NAE_ERA_R-1765_ENSV_Kirjanike_Liit_1945-1955, lk 14
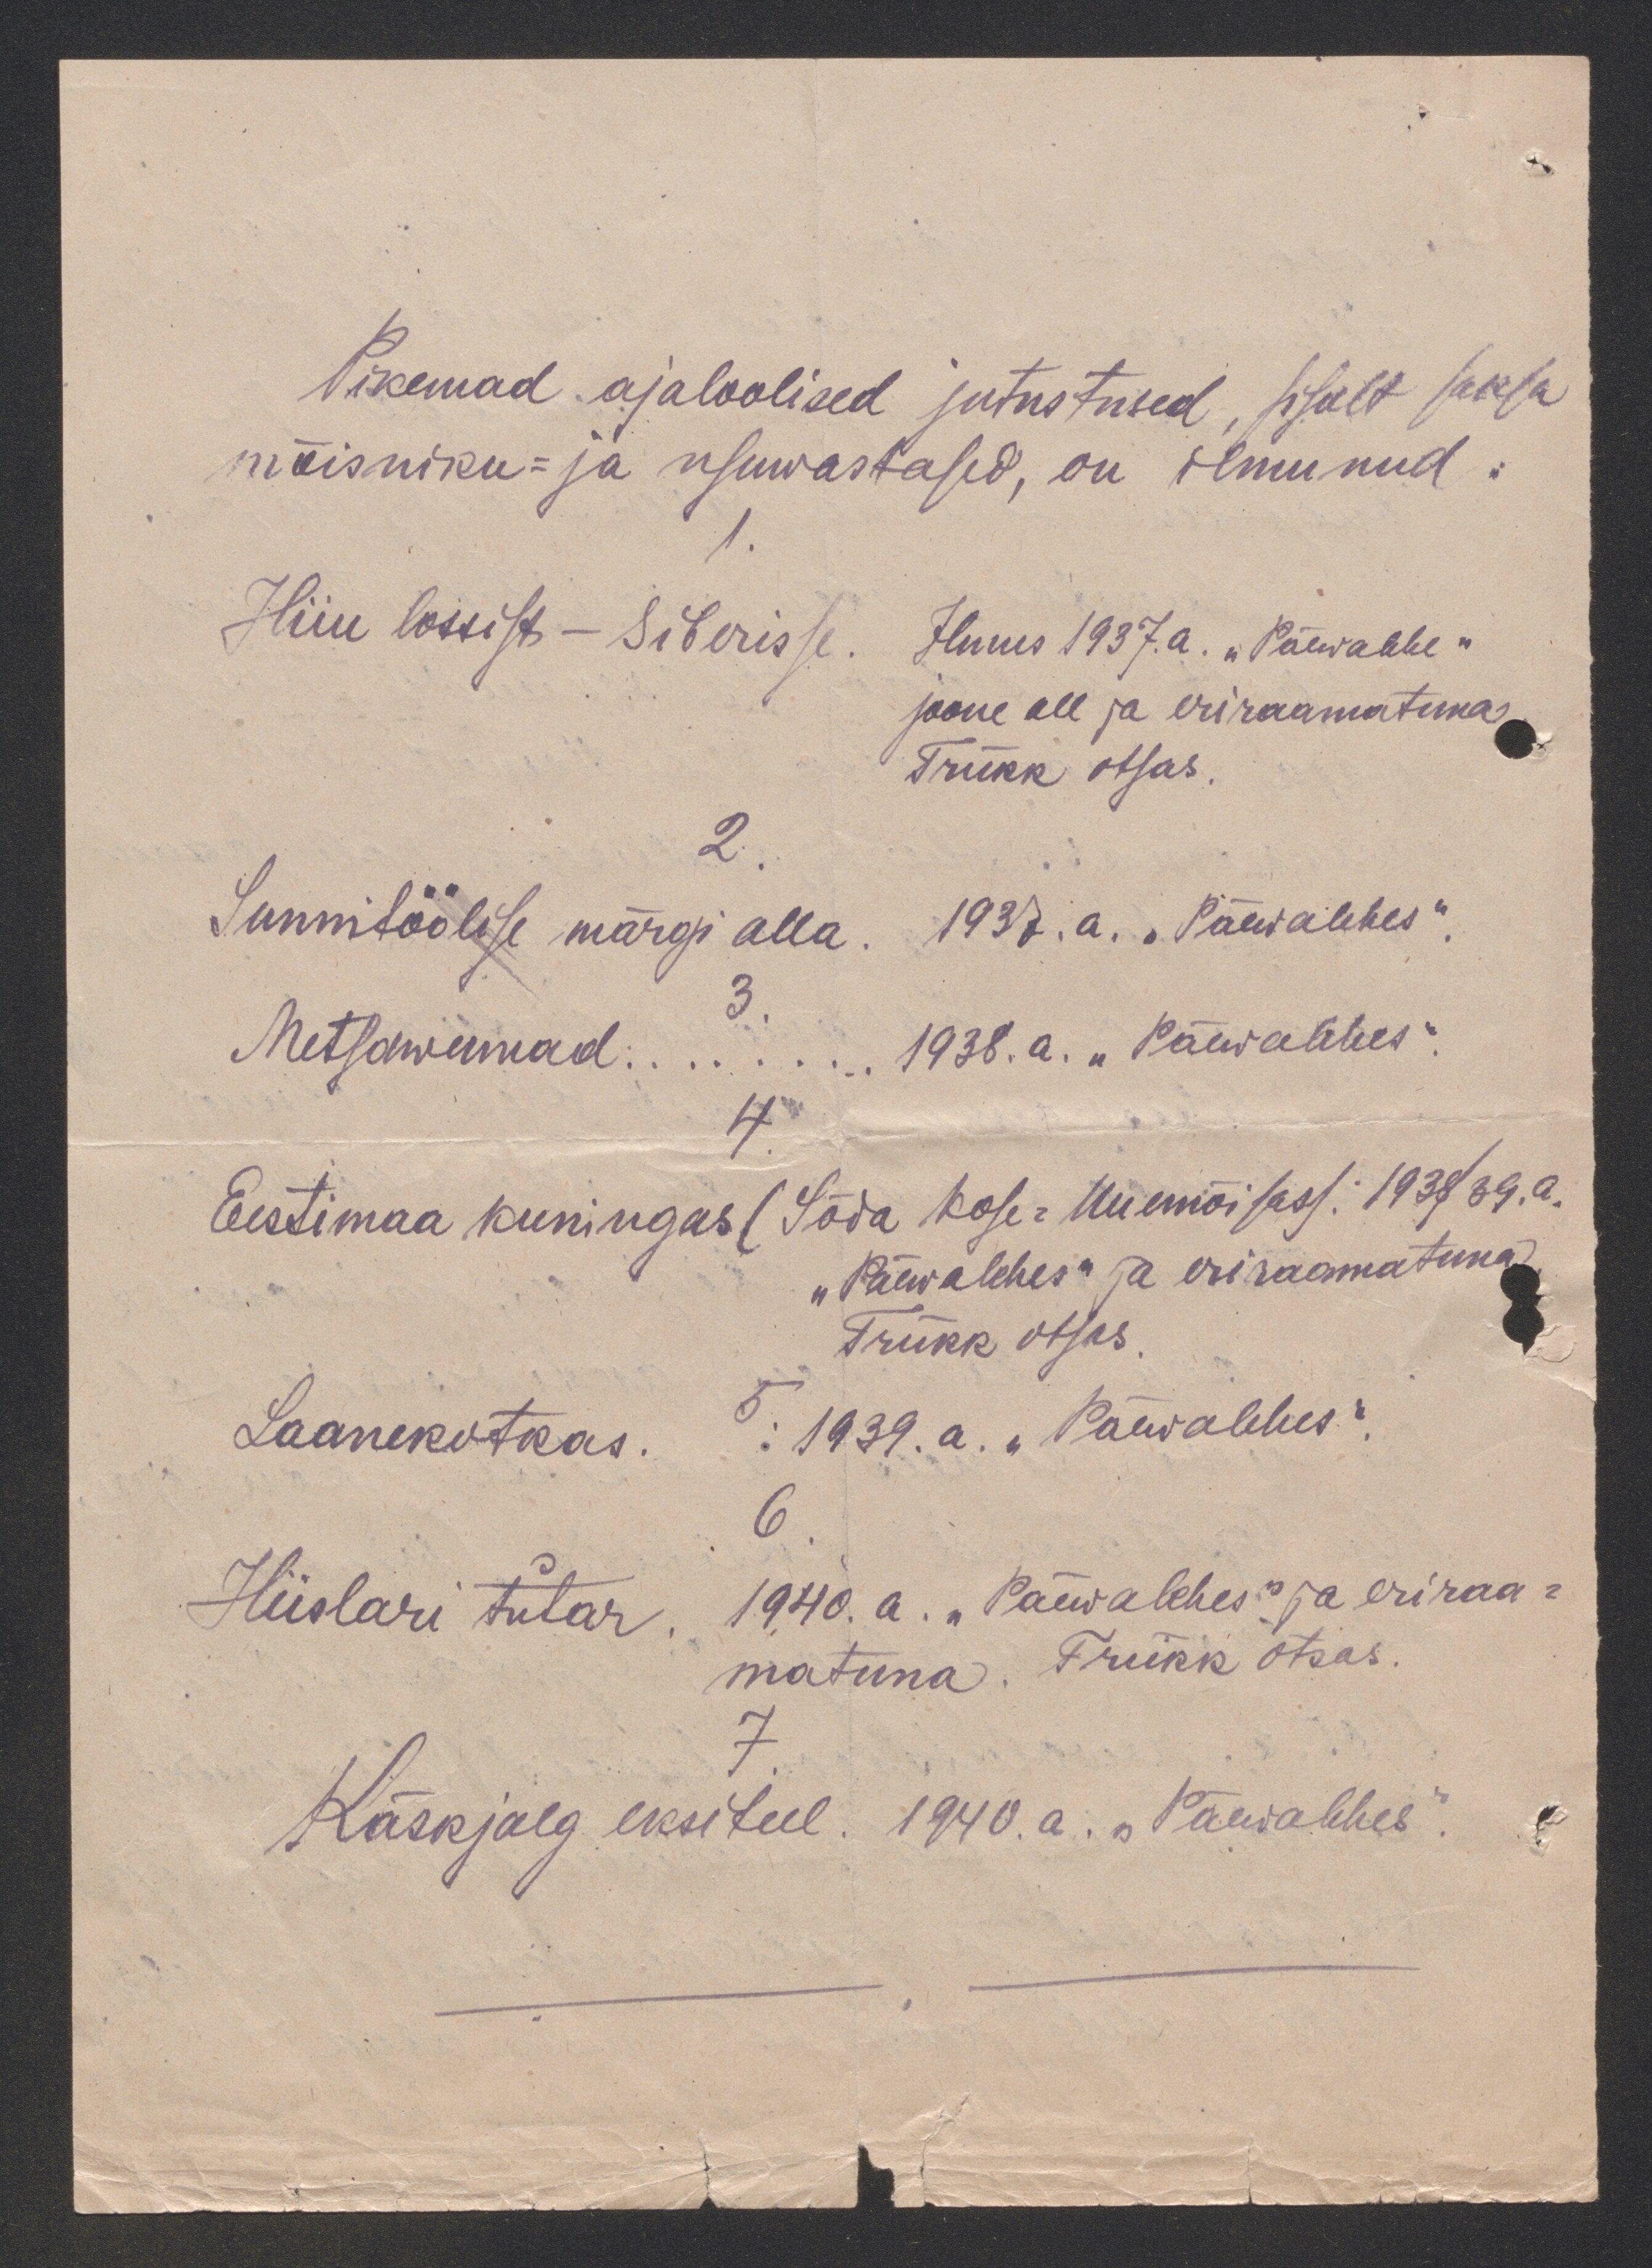
Pikemad ajaloolised jutustused, sisult saksa
mõisniku- ja usuwastased, on ilmunud:
Hiiu lossist - Siberisse Ilmus 1937. a. „Päewalehe"
joone all ja eriraamatuna
Trükk otsas.
2
Sunnitöölise märgi alla 1937.a. "Päewalehes“
3
Metsawennad:.... 1938.a. "Päewalehes".
Eestimaa kuningas (Sõda Kose-Uuemõisas): 1938/39. a.
„Päewalehes" ja eriraamatuna
Trükk otsas.
Laanekotkas. 1939.a. "Päewalehes"
6
Hiislari tütar 1940. a. "Päewalehes" ja eriraa-
matuna. Trükk otsas.
Käskjalg eksiteel. 1940. a. "Päewalehes".